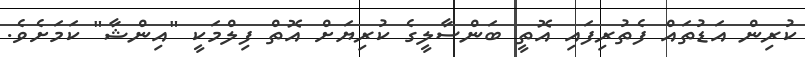
ކުރިން އަޑުތައް ފެތުރިފައި އޮތީ ބަންސާލީގެ ކުރިޔަށް އޮތް ފިލްމަކީ "އިންޝާ" ކަމަށެވެ.